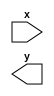
module CNN (
input [2:0] x,
output [0:0] y
);
endmodule